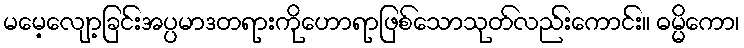
မမေ့လျော့ခြင်းအပ္ပမာဒတရားကိုဟောရာဖြစ်သောသုတ်လည်းကောင်း။ ဓမ္မိကော၊